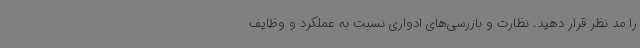
را مد نظر قرار دهید. نظارت و بازرسی‌های ادواری نسبت به عملکرد و وظایف